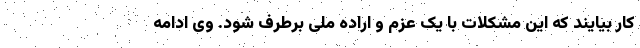
کار بیایند که این مشکلات با یک عزم و اراده ملی برطرف شود. وی ادامه